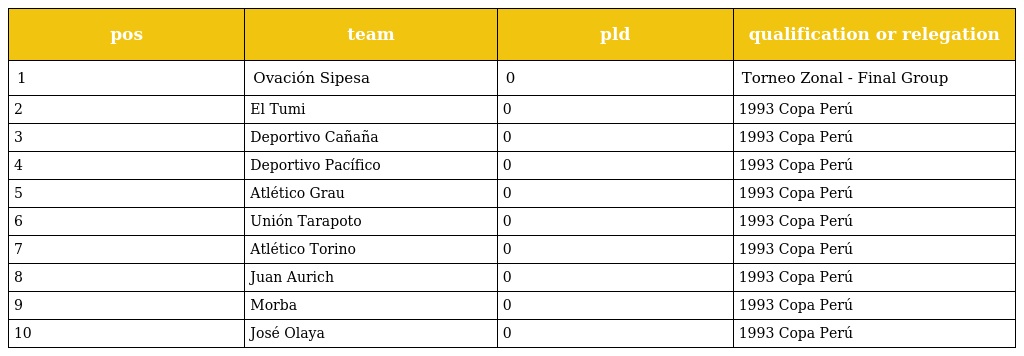
| pos | team | pld | qualification or relegation |
 | --- | --- | --- | --- |
 | 1 | Ovación Sipesa | 0 | Torneo Zonal - Final Group |
 | 2 | El Tumi | 0 | 1993 Copa Perú |
 | 3 | Deportivo Cañaña | 0 | 1993 Copa Perú |
 | 4 | Deportivo Pacífico | 0 | 1993 Copa Perú |
 | 5 | Atlético Grau | 0 | 1993 Copa Perú |
 | 6 | Unión Tarapoto | 0 | 1993 Copa Perú |
 | 7 | Atlético Torino | 0 | 1993 Copa Perú |
 | 8 | Juan Aurich | 0 | 1993 Copa Perú |
 | 9 | Morba | 0 | 1993 Copa Perú |
 | 10 | José Olaya | 0 | 1993 Copa Perú |